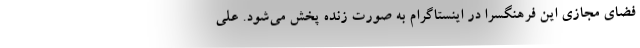
فضای مجازی این فرهنگسرا در اینستاگرام به صورت زنده پخش می‌شود. علی